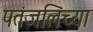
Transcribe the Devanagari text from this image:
पतंजलिंच्या